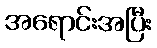
အရောင်းအပြီး